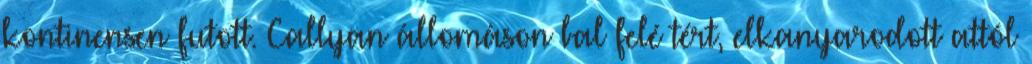
kontinensen futott. Callyan állomáson bal felé tért, elkanyarodott attól